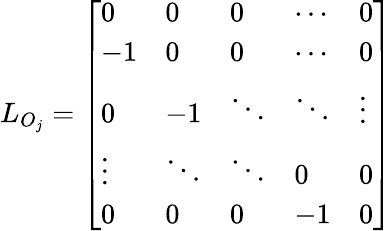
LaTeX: \begin{array}{r}{L_{O_{j}}=\left[\begin{array}{lllll}{0}&{0}&{0}&{\cdots}&{0}\\ {-1}&{0}&{0}&{\cdots}&{0}\\ {0}&{-1}&{\ddots}&{\ddots}&{\vdots}\\ {\vdots}&{\ddots}&{\ddots}&{0}&{0}\\ {0}&{0}&{0}&{-1}&{0}\end{array}\right]}\end{array}